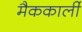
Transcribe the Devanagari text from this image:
मैककार्ली